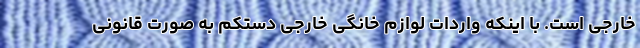
خارجی است. با اینکه واردات لوازم خانگی خارجی دستکم به صورت قانونی